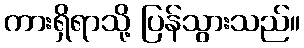
ကားရှိရာသို့ ပြန်သွားသည်။